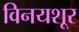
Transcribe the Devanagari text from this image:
विनयशूर